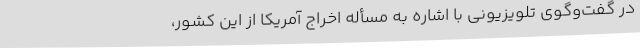
در گفت‌وگوی تلویزیونی با اشاره به مسأله اخراج آمریکا از این کشور،